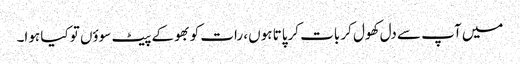
میں آپ سے دل کھول کر بات کرپاتا ہوں، رات کو بھوکے پیٹ سوؤں تو کیا ہوا۔